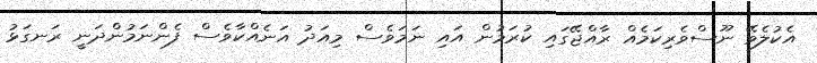
އެކުލެވޭ ނޫސްވެރިކަމެއް ރާއްޖޭގައި ކުރަމުން އައި ނަމަވެސް މިއަދު އަނެއްކާވެސް ފެންނަމުންދަނީ ރަނގަޅު